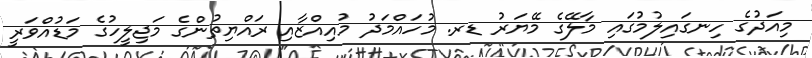
މިއަދުގެ ހިނގައިލުމުގައި މާލޭގެ މޭޔަރު ޑރ. މުހައްމަދު މުއިއްޒާއި ރައްޔިތުންގެ މަޖިލީހުގެ މަޑުއްވަރީ